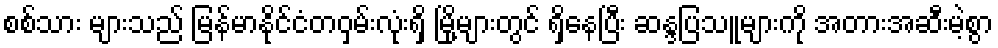
စစ်သား များသည် မြန်မာနိုင်ငံတဝှမ်းလုံးရှိ မြို့များတွင် ရှိနေပြီး ဆန္ဒပြသူများကို အတားအဆီးမဲ့စွာ